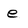
Character: e